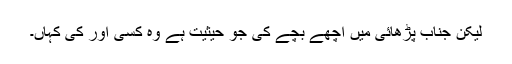
لیکن جناب پڑھائی میں اچھے بچے کی جو حیثیت ہے وہ کسی اور کی کہاں۔